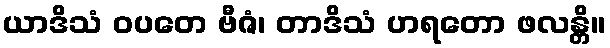
ယာဒိသံ ဝပတေ ဗီဇံ၊ တာဒိသံ ဟရတော ဖလန္တိ။